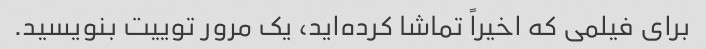
برای فیلمی که اخیراً تماشا کرده‌اید، یک مرور توییت بنویسید.